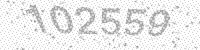
Solution: 102559